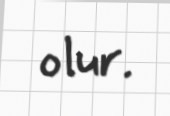
olur.